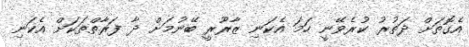
އެގޮތަށް ދަތުރު ކުރެވޭނީ ހަމަ އެކަނި ޒާރޫރީ ބޭނުމަށް ދާ ފަރާތްތަކަށް އެކަނި